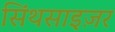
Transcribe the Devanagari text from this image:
सिंथसाइज़र